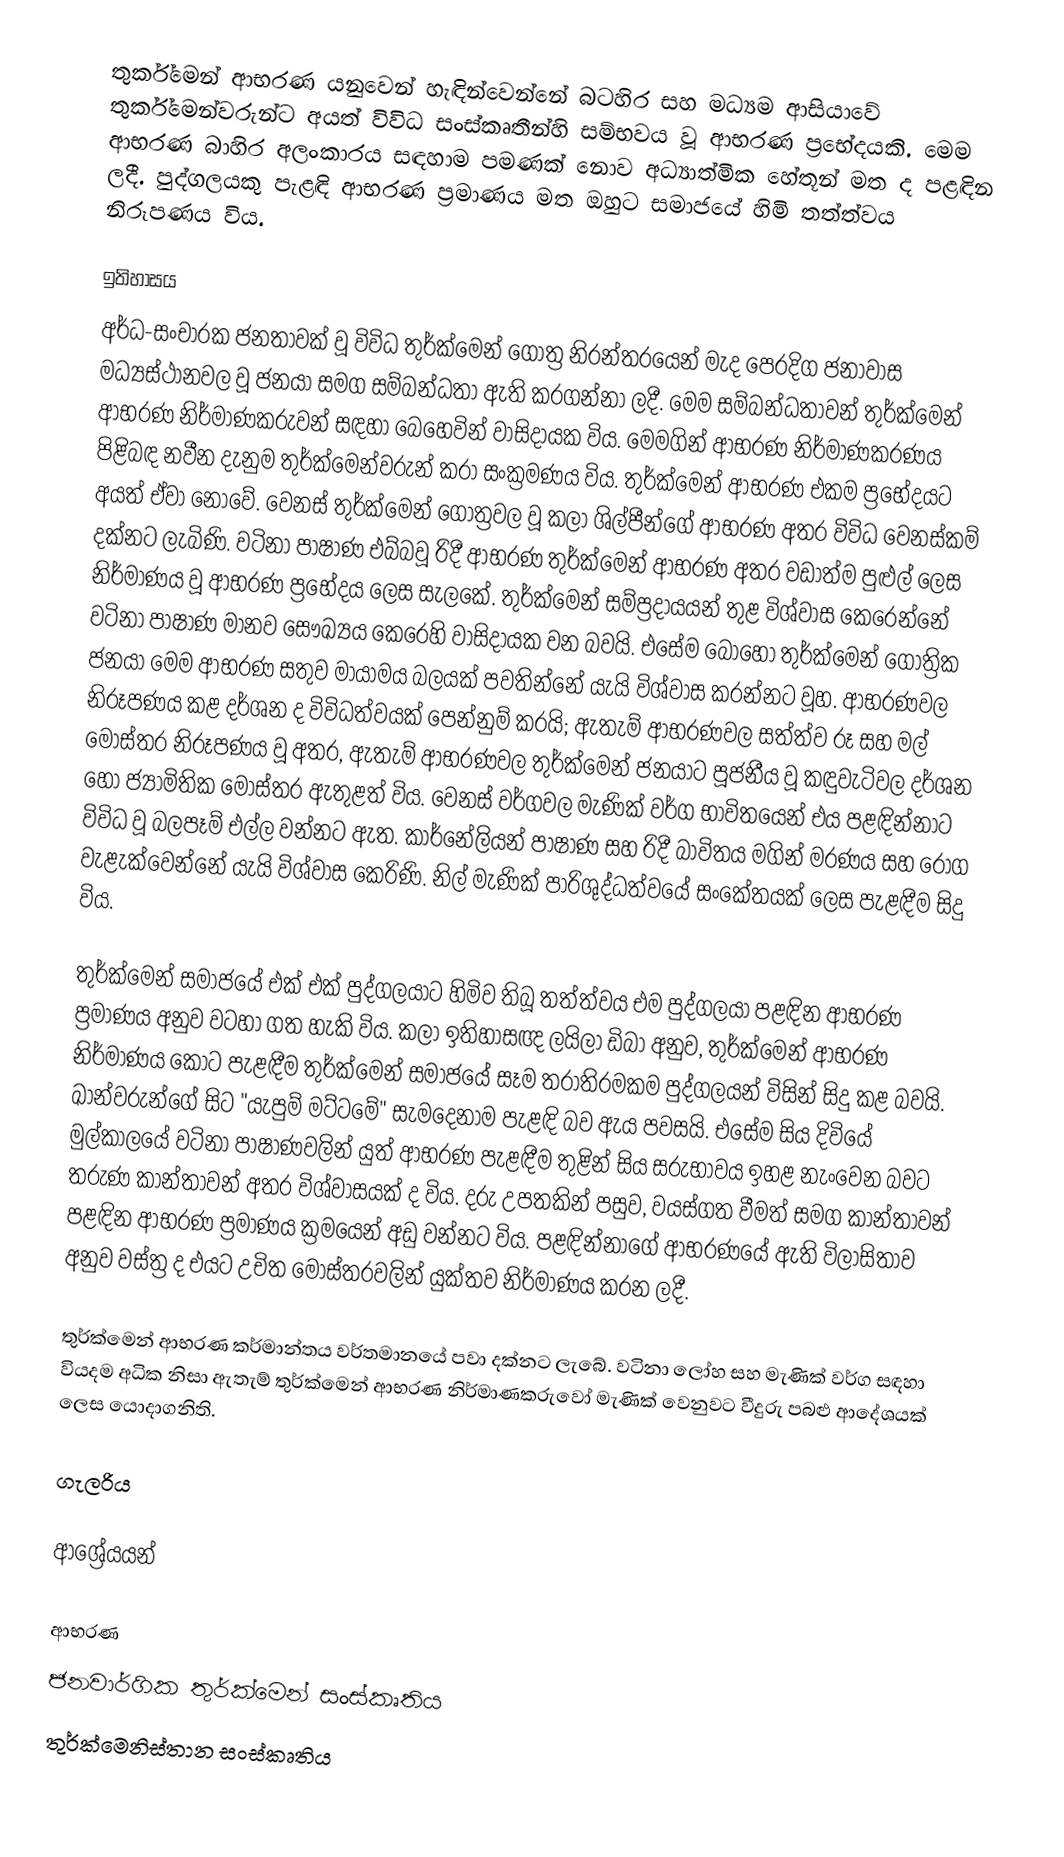
තුර්ක්මෙන් ආභරණ යනුවෙන් හැඳින්වෙන්නේ බටහිර සහ මධ්‍යම ආසියාවේ තුර්ක‍්මෙන්වරුන්ට අයත් විවිධ සංස්කෘතීන්හි සම්භවය වූ ආභරණ ප්‍රභේදයකි. මෙම ආභරණ බාහිර අලංකාරය සඳහාම පමණක් නොව අධ්‍යාත්මික හේතූන් මත ද පළඳින ලදී. පුද්ගලයකු පැළඳි ආභරණ ප්‍රමාණය මත ඔහුට සමාජයේ හිමි තත්ත්වය නිරූපණය විය.

ඉතිහාසය
අර්ධ-සංචාරක ජනතාවක් වූ විවිධ තුර්ක්මෙන් ගෝත්‍ර නිරන්තරයෙන් මැද පෙරදිග ජනාවාස මධ්‍යස්ථානවල වූ ජනයා සමග සම්බන්ධතා ඇති කරගන්නා ලදී. මෙම සම්බන්ධතාවන් තුර්ක්මෙන් ආභරණ නිර්මාණකරුවන් සඳහා බෙහෙවින් වාසිදායක විය. මෙමගින් ආභරණ නිර්මාණකරණය පිළිබඳ නවීන දැනුම තුර්ක්මෙන්වරුන් කරා සංක්‍රමණය විය. තුර්ක්මෙන් ආභරණ එකම ප්‍රභේදයට අයත් ඒවා නොවේ. වෙනස් තුර්ක්මෙන් ගෝත්‍රවල වූ කලා ශිල්පීන්ගේ ආභරණ අතර විවිධ වෙනස්කම් දක්නට ලැබිණි. වටිනා පාෂාණ එබ්බවූ රිදී ආභරණ තුර්ක්මෙන් ආභරණ අතර වඩාත්ම පුළුල් ලෙස නිර්මාණය වූ ආභරණ ප්‍රභේදය ලෙස සැලකේ. තුර්ක්මෙන් සම්ප්‍රදායයන් තුළ විශ්වාස කෙරෙන්නේ වටිනා පාෂාණ මානව සෞඛ්‍යය කෙරෙහි වාසිදායක වන බවයි. එසේම බොහෝ තුර්ක්මෙන් ‍ගෝත්‍රික ජනයා මෙම ආභරණ සතුව මායාමය බලයක් පවතින්නේ යැයි විශ්වාස කරන්නට වූහ. ආභරණවල නිරූපණය කළ දර්ශන ද විවිධත්වයක් පෙන්නුම් කරයි; ඇතැම් ආභරණවල සත්ත්ව රූ සහ මල් මෝස්තර නිරූපණය වූ අතර, ඇතැම් ආභරණවල තුර්ක්මෙන් ජනයාට පූජනීය වූ කඳුවැටිවල දර්ශන හෝ ජ්‍යාමිතික මෝස්තර ඇතුළත් විය. වෙනස් වර්ගවල මැණික් වර්ග භාවිතයෙන් එය පළඳින්නාට විවිධ වූ බලපෑම් එල්ල වන්නට ඇත. කාර්නේලියන් පාෂාණ සහ රිදී බාවිතය මගින් මරණය සහ රෝග වැළැක්වෙන්නේ යැයි විශ්වාස කෙරිණි. නිල් මැණික් පාරිශුද්ධත්වයේ සංකේතයක් ලෙස පැළඳීම සිදු විය.

තුර්ක්මෙන් සමාජයේ එක් එක් පුද්ගලයාට හිමිව තිබූ තත්ත්වය එම පුද්ගලයා පළඳින ආභරණ ප්‍රමාණය අනුව වටහා ගත හැකි විය. කලා ඉතිහාසඥ ලයිලා ඩිබා අනුව, තුර්ක්මෙන් ආභරණ නිර්මාණය කොට පැළඳීම තුර්ක්මෙන් සමාජයේ සෑම තරාතිරමකම පුද්ගලයන් විසින් සිදු කළ බවයි. ඛාන්වරුන්ගේ සිට "යැපුම් මට්ටමේ" සැමදෙනාම පැළඳි බව ඇය පවසයි. එසේම සිය දිවියේ මුල්කාලයේ වටිනා පාෂාණවලින් යුත් ආභරණ පැළඳීම තුළින් සිය සරුභාවය ඉහළ නැංවෙන බවට තරුණ කාන්තාවන් අතර විශ්වාසයක් ද විය. දරු උපතකින් පසුව, වයස්ගත වීමත් සමග කාන්තාවන් පළඳින ආභරණ ප්‍රමාණය ක්‍රමයෙන් අඩු වන්නට විය. පළඳින්නාගේ ආභරණයේ ඇති විලාසිතාව අනුව වස්ත්‍ර ද එයට උචිත මෝස්තරවලින් යුක්තව නිර්මාණය කරන ලදී.

තුර්ක්මෙන් ආභරණ කර්මාන්තය වර්තමානයේ පවා දක්නට ලැබේ. වටිනා ලෝහ සහ මැණික් වර්ග සඳහා වියදම අධික නිසා ඇතැම් තුර්ක්මෙන් ආභරණ නිර්මාණකරුවෝ මැණික් වෙනුවට වීදුරු පබළු ආදේශයක් ලෙස යොදාගනිති.

ගැලරිය

ආශ්‍රේයයන්

ආභරණ
ජනවාර්ගික තුර්ක්මෙන් සංස්කෘතිය
තුර්ක්මෙනිස්තාන සංස්කෘතිය